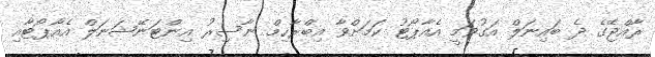
ރާއްޖޭގެ ދެ ބައިނަލް އަގުވަމީ އެއާޕޯޓު ކަމަށްވާ އިބްރާހިމް ނާސިރު އިންޓަނޭޝަނަލް އެއާޕޯޓާއި